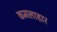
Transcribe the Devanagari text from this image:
कमलाहार